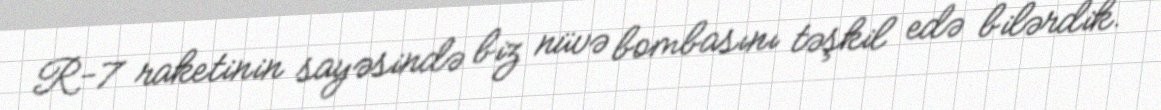
R-7 raketinin sayəsində biz nüvə bombasını təşkil edə bilərdik.